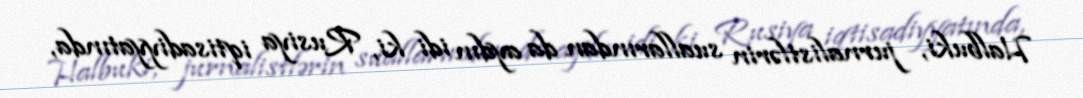
Halbuki, jurnalistlərin suallarından da aydın idi ki, Rusiya iqtisadiyyatında,